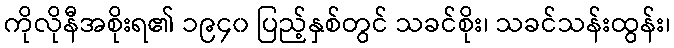
ကိုလိုနီအစိုးရ၏ ၁၉၄၀ ပြည့်နှစ်တွင် သခင်စိုး၊ သခင်သန်းထွန်း၊